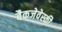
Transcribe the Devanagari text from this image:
बैकजेवेस्की